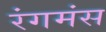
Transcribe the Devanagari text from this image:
रंगमंस